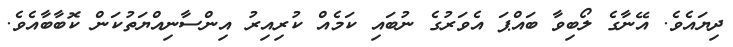
ދިޔައެވެ. އޭނާގެ ލޯބިވާ ބައްޕަ އެވަރުގެ ނުބައި ކަމެއް ކުރިއިރު އިންސާނިއްޔަތުކަން ކޮބާބާއެވެ.